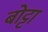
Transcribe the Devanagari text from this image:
बोट्टा